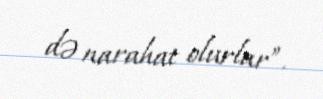
də narahat olurlar”.